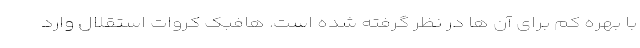
با بهره کم برای آن ها در نظر گرفته شده است. هافبک کروات استقلال وارد